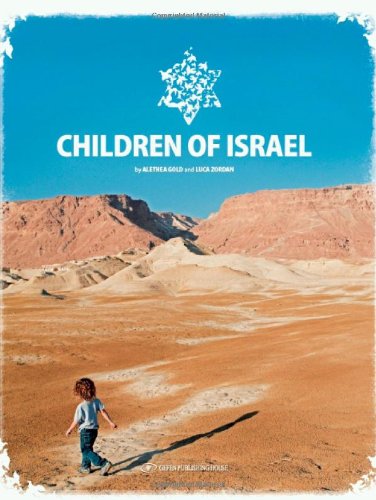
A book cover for Children of Israel; Alethea Gold; Arts & Photography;